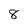
Character: 8